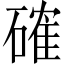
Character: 確